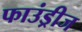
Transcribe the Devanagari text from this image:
फाउंड्रीज